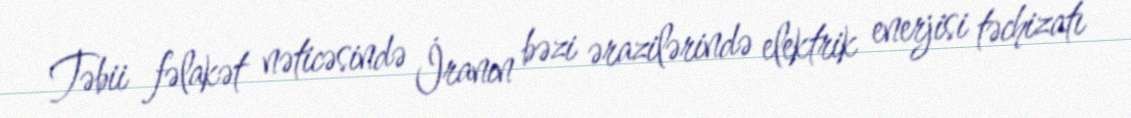
Təbii fəlakət nəticəsində İranın bəzi ərazilərində elektrik enerjisi təchizatı